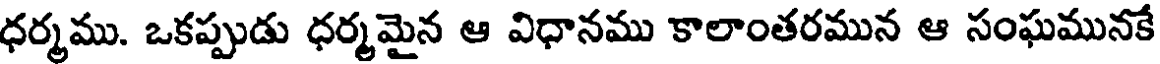
ధర్మము. ఒకప్పుడు ధర్మమైన ఆ విధానము కాలాంతరమున ఆ సంఘమునకే